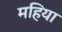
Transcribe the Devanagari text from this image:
महिया